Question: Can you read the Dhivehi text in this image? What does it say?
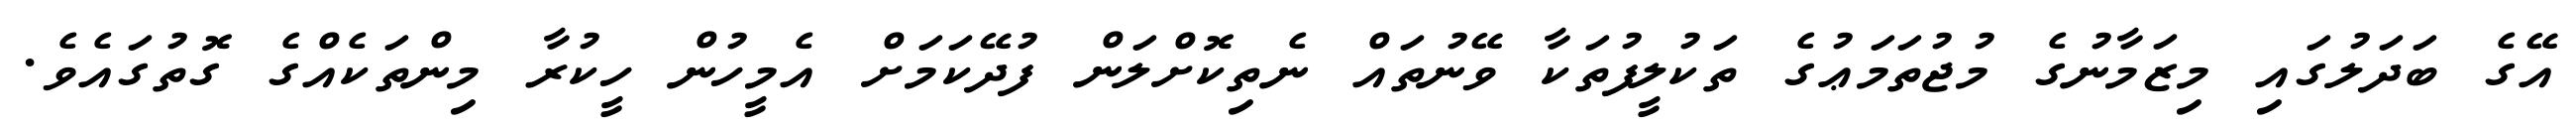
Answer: އޭގެ ބަދަލުގައި މިޒަމާނުގެ މުޖުތަމަޢުގެ ތަކުލީފުތަކާ ވޭނުތައް ނެތިކޮށްލަން ފުދޭކަމަށް އެމީހުން ހީކުރާ މިންތަކެއްގެ ގޮތުގައެވެ.